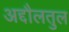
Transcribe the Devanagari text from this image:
अद्दौलतुल